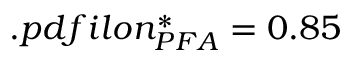
{ . p d f i l o n _ { P F A } ^ { * } } = 0 . 8 5